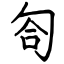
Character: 匌